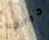
كوالدك